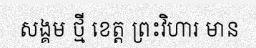
សង្គម ថ្មី ខេត្ត ព្រះវិហារ មាន